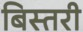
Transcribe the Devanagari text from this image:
बिस्तरी